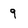
Character: 9